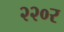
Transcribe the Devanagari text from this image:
२२०र